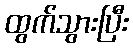
ထွက်သွားပြီး